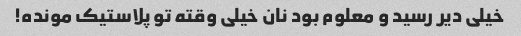
خیلی دیر رسید و معلوم بود نان خیلی وقته تو پلاستیک مونده!